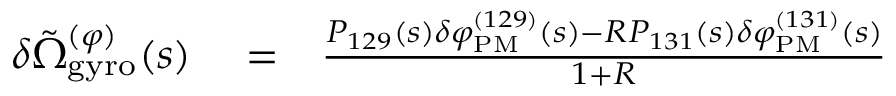
\begin{array} { r l r } { \delta \tilde { \Omega } _ { \mathrm { g y r o } } ^ { ( \varphi ) } ( s ) } & { { } = } & { \frac { P _ { 1 2 9 } ( s ) \delta \varphi _ { \mathrm { P M } } ^ { ( 1 2 9 ) } ( s ) - R P _ { 1 3 1 } ( s ) \delta \varphi _ { \mathrm { P M } } ^ { ( 1 3 1 ) } ( s ) } { 1 + R } } \end{array}